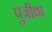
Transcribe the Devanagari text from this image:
पुजीथा